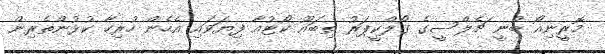
މޮރީނިއޯ ބުނީ ޗެލްސީގެ ގޯލްކީޕަރު ތިބައޫ ކޯޓުއާ ފިޔަވައި އެހެން ހުރިހާ ކުޅުންތެރިން